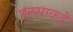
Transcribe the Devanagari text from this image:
परसाकडे